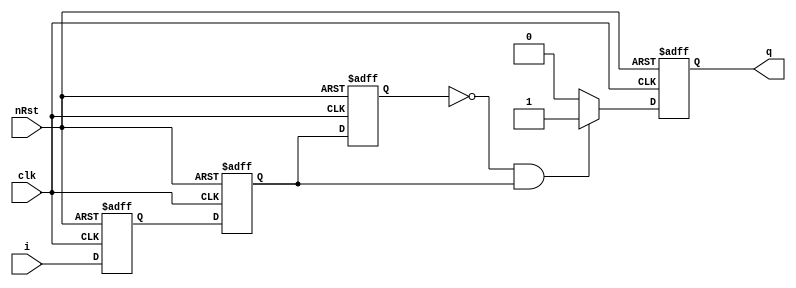
module posPulse_io(nRst,
                   i,
                   q,
                   clk);
    
    input nRst;
    input i;
    output reg q;
    input clk;
    
    reg a;
    reg b;
    reg c;
    always@(negedge nRst or posedge clk) begin
        if (!nRst)begin
            a <= 1'b0;
            b <= 1'b0;
            c <= 1'b0;
            q <= 1'b0;
        end
        else begin
            a <= i;
            b <= a;
            c <= b;
            if (!c && b)
                q <= 1'd1;
            else
                q <= 1'd0;
        end
    end
    
endmodule